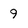
Character: 9